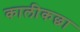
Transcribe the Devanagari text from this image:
कालीकछा